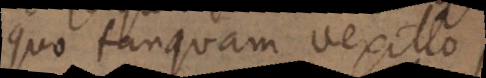
Quo tanquam vexillo